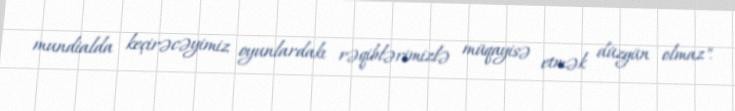
mundialda keçirəcəyimiz oyunlardakı rəqiblərimizlə müqayisə etmək düzgün olmaz".